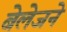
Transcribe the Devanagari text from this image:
बेलेजने